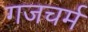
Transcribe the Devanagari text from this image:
गजचर्म